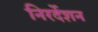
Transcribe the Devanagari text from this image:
निरर्देशन